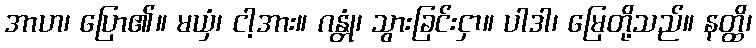
အာဟ၊ ပြော၏။ မယှံ၊ ငါ့အား။ ဂန္တုံ၊ သွားခြင်းငှာ။ ပါဒါ၊ မြေတို့သည်။ နတ္ထိ၊